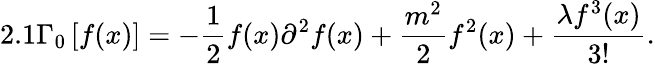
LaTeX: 2.1\Gamma_{0}\left[f(x)\right]=-\frac{1}{2}f(x)\partial^{2}f(x)+\frac{m^{2}}{2}f^{2}(x)+\frac{\lambda f^{3}(x)}{3!}.